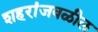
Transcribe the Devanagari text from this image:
शहरांजवळील